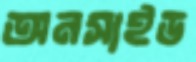
অনসাইড